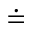
\doteq